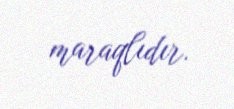
maraqlıdır.